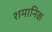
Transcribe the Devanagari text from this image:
शमानिक